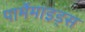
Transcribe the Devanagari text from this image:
पार्मेमाइड्स